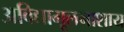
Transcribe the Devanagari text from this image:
अविद्यामूलनाशाय